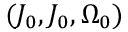
( J _ { 0 } , J _ { 0 } , \Omega _ { 0 } )